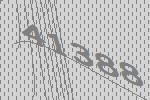
41388